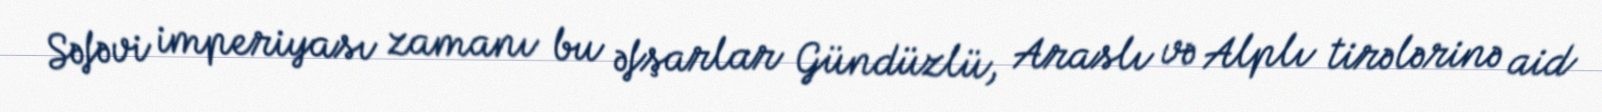
Səfəvi imperiyası zamanı bu əfşarlar Gündüzlü, Araslı və Alplı tirələrinə aid